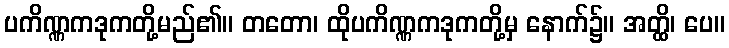
ပကိဏ္ဏကဒုကတို့မည်၏။ တတော၊ ထိုပကိဏ္ဏကဒုကတို့မှ နောက်၌။ အတ္ထိ၊ ပေ။